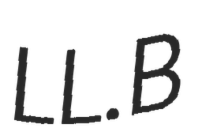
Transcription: LL.B